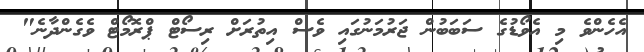
އެހެންވެ މި އެވޯޑުގެ ސަބަބުން ޖަރުމަނުގައި ވެސް އިތުރަށް ރިސޯޓް ޕްރޮމޯޓް ވެގެންދާނެ"